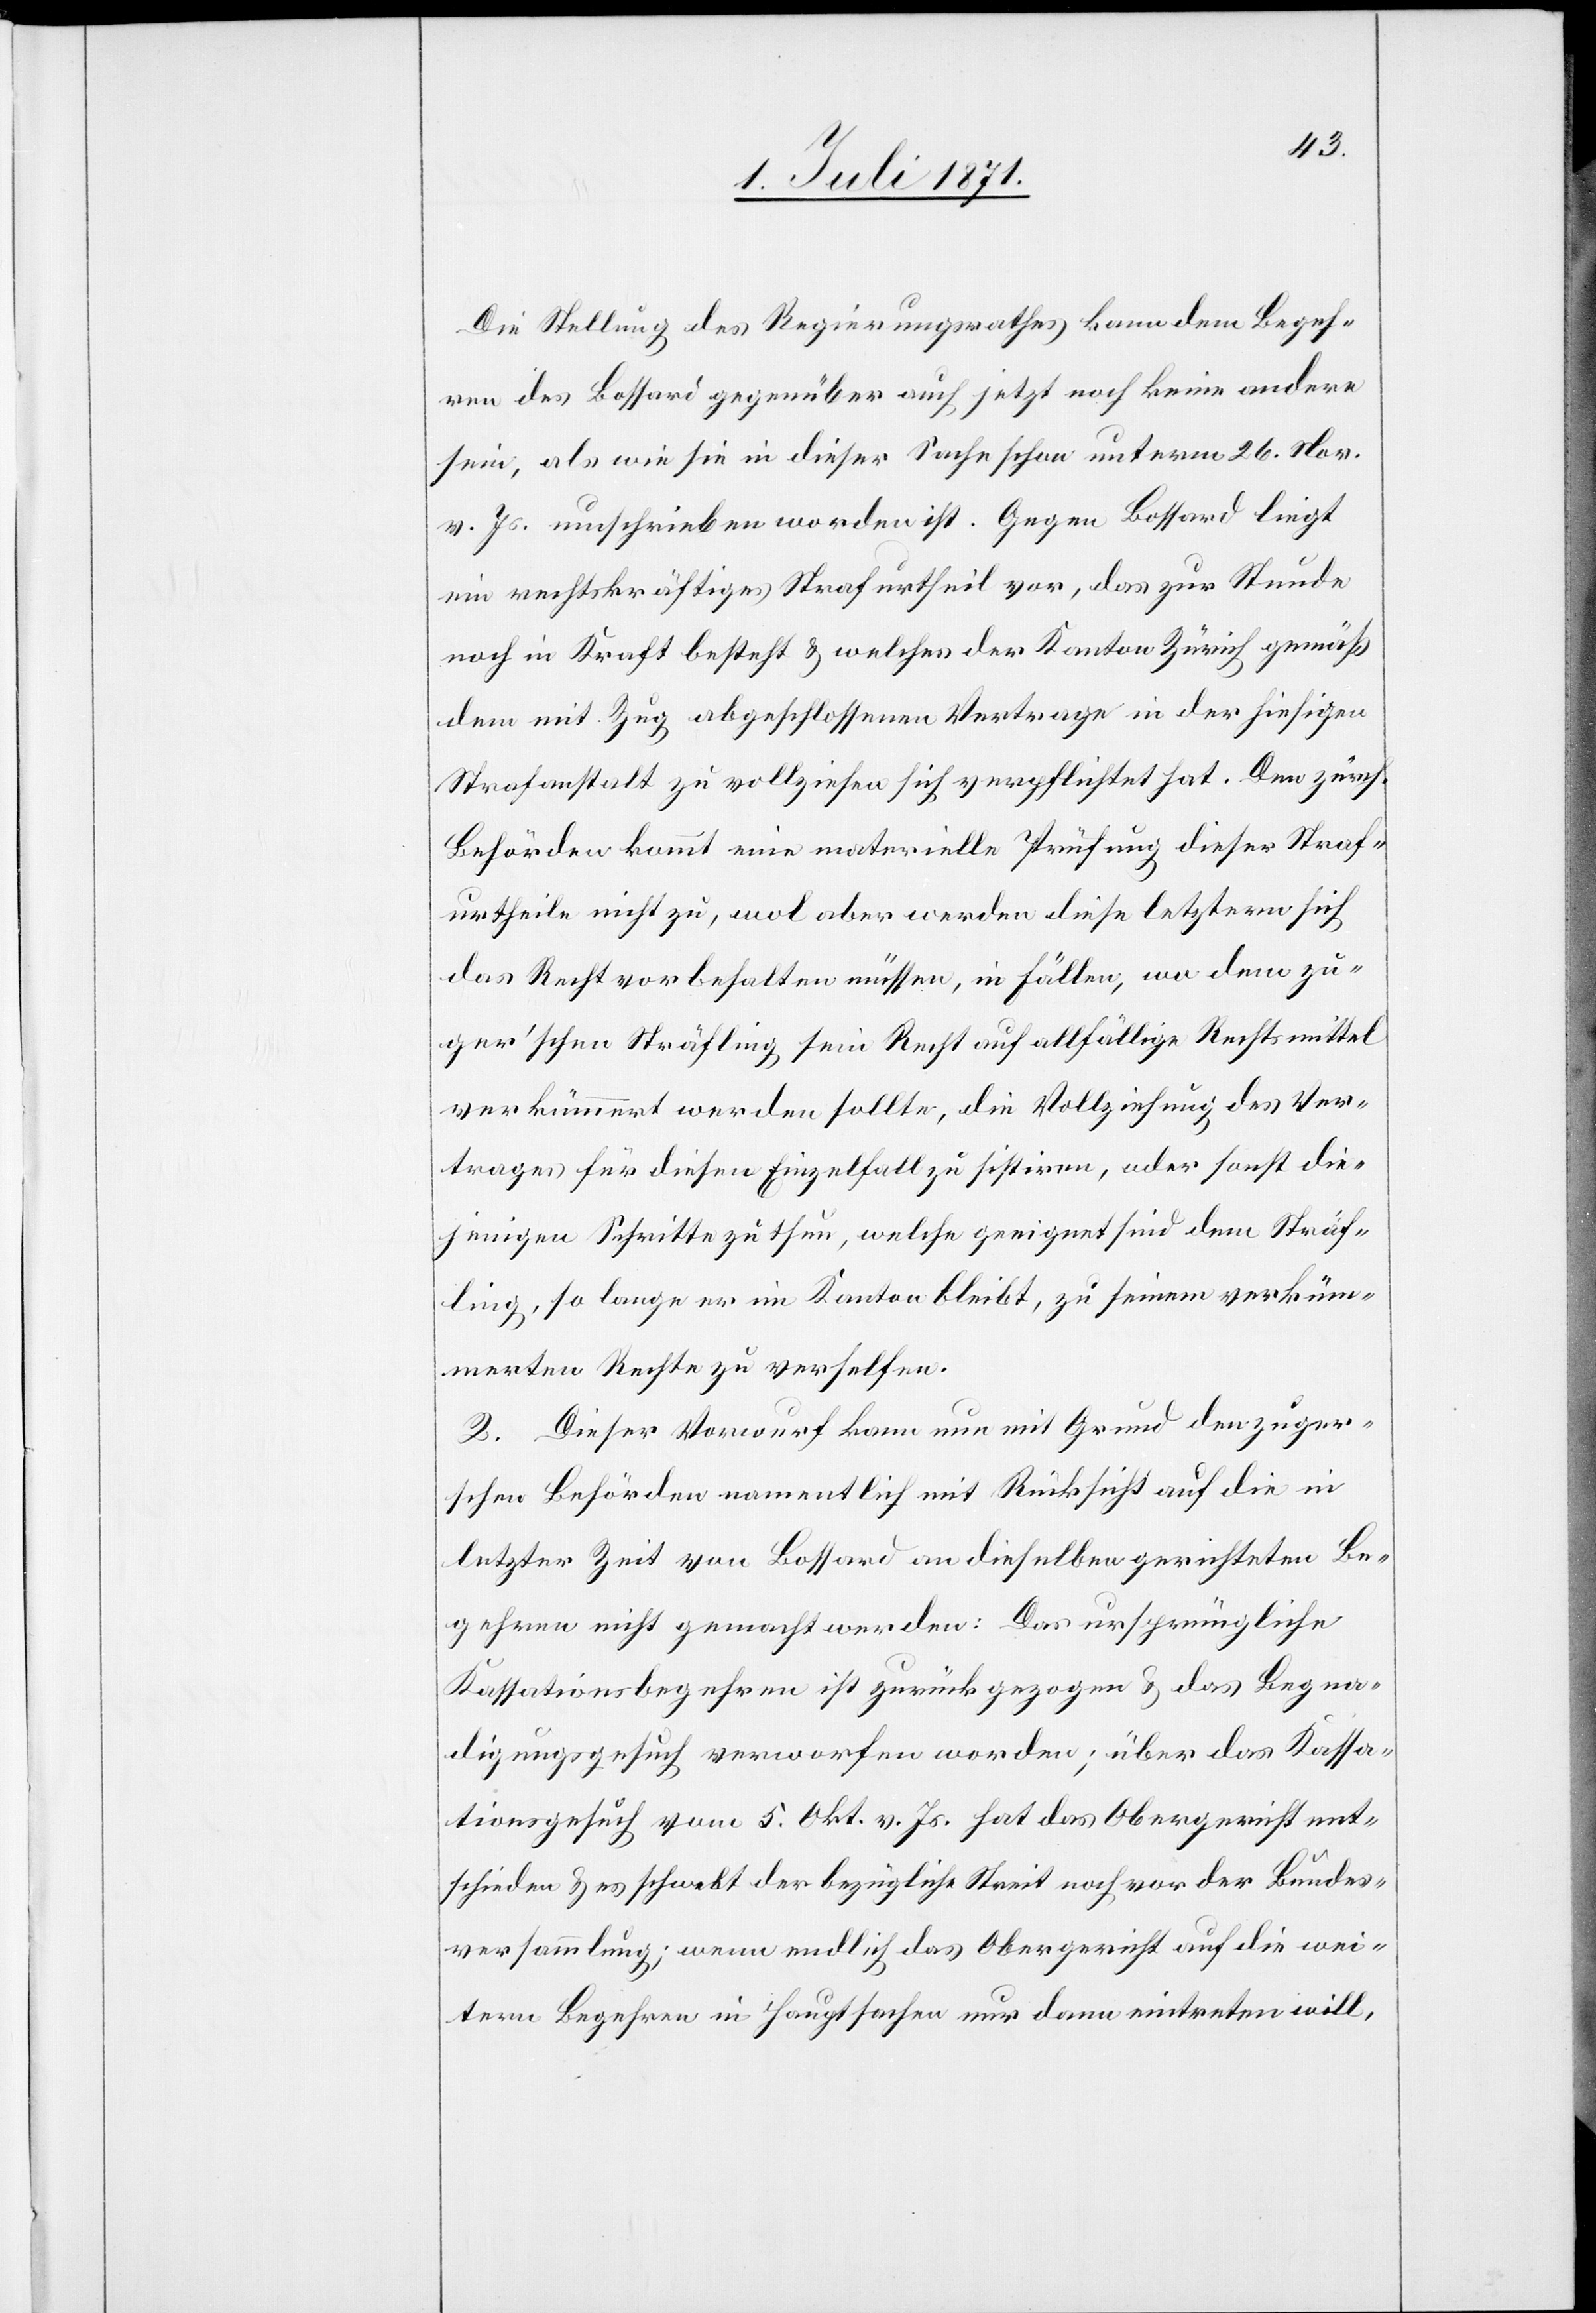
Die Stellung des Regierungsrathes kann dem Begeh¬
ren des Bossard gegenüber auch jetzt noch keine andere
sein, als wie sie in dieser Sache schon unterm 26. Nov.
v. Js. umschrieben worden ist. Gegen Bossard liegt
ein rechtskräftiges Strafurtheil vor, das zur Stunde
noch in Kraft besteht u. welches der Kanton Zürich gemäß
dem mit Zug abgeschlossenen Vertrage in der hiesigen
Strafanstalt zu vollziehen sich verpflichtet hat. Den zürch.
Behörden kommt rein materielle Prüfung dieser Straf¬
urtheile nicht zu, wol aber werden diese letztern sich
das Recht vorbehalten müssen, in Fällen, wo dem zu¬
ger’schen Sträfling sein Recht auf allfällige Rechtsmittel
verkümmert werden sollte, die Vollziehung des Ver¬
trages für diesen Einzelfall zu sistiren, oder sonst die¬
jenigen Schritte zu thun, welche geeignet sind dem Sträf¬
ling, so lange er im Kanton bleibt, zu seinem verküm¬
merten Recht zu verhelfen.
2. Dieser Vorwurf kann nun mit Grund den zuger¬
schen Behörden namentlich mit Rücksicht auf die in
letzter Zeit von Bossard an dieselben gerichteten Be¬
gehren nicht gemacht werden: Das ursprüngliche
Kassationsbegehren ist zurückgezogen u. das Begna¬
digungsgesuch verworfen worden; über das Kassa¬
tionsgesuch vom 5. Okt. v. Js. hat das Obergericht ent¬
schieden u. es schwebt der bezügliche Streit noch vor der Bundes¬
versammlung; wenn endlich das Obergericht auf die wei¬
tere Begehren in Hauptsachen nur dann eintreten will,